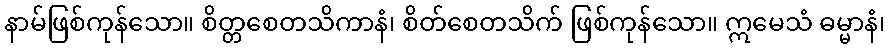
နာမ်ဖြစ်ကုန်သော။ စိတ္တစေတသိကာနံ၊ စိတ်စေတသိက် ဖြစ်ကုန်သော။ ဣမေသံ ဓမ္မာနံ၊